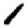
Digit: 1